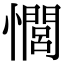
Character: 𢣻